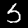
Label: 5